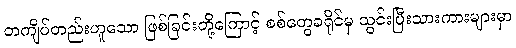
တကျိပ်တည်းဟူသော ဖြစ်ခြင်းတို့ကြောင့် စစ်တွေခရိုင်မှ သွင်းပြီးသားကားများမှာ